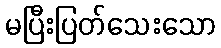
မပြီးပြတ်သေးသော